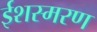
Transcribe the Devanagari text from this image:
ईशस्मरण